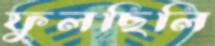
ফুলছিলি